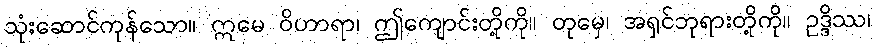
သုံးဆောင်ကုန်သော။ ဣမေ ဝိဟာရာ၊ ဤကျောင်းတို့ကို။ တုမှေ၊ အရှင်ဘုရားတို့ကို။ ဥဒ္ဒိဿ၊